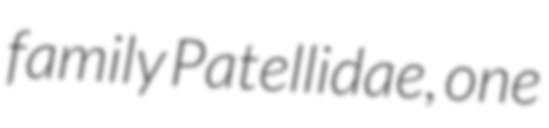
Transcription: family Patellidae, one